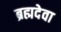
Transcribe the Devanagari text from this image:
ब्रह्मदेवा